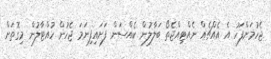
ޖެހުމަށްފަހު އެ އެއްޗެއް ނެއްޓިއްޖެތޯ ބަލާލުން ކެއްސަން ފަށައިފިނަަމަ ޖެހުން ހުއްޓާލުން މިގޮތަށް